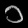
Digit: ၁